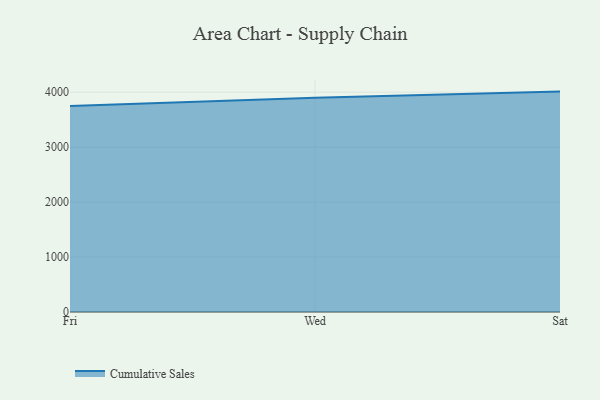
{"axis": {"x": "Day", "y": "Temperature (°C)"}, "legend": ["Cumulative Sales"], "data": [{"x": "Fri", "y": 3750.2, "type": "Cumulative Sales"}, {"x": "Wed", "y": 3897.0, "type": "Cumulative Sales"}, {"x": "Sat", "y": 4010.9, "type": "Cumulative Sales"}]}